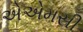
એએમસી